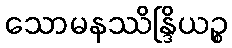
သောမနဿိန္ဒြိယဉ္စ